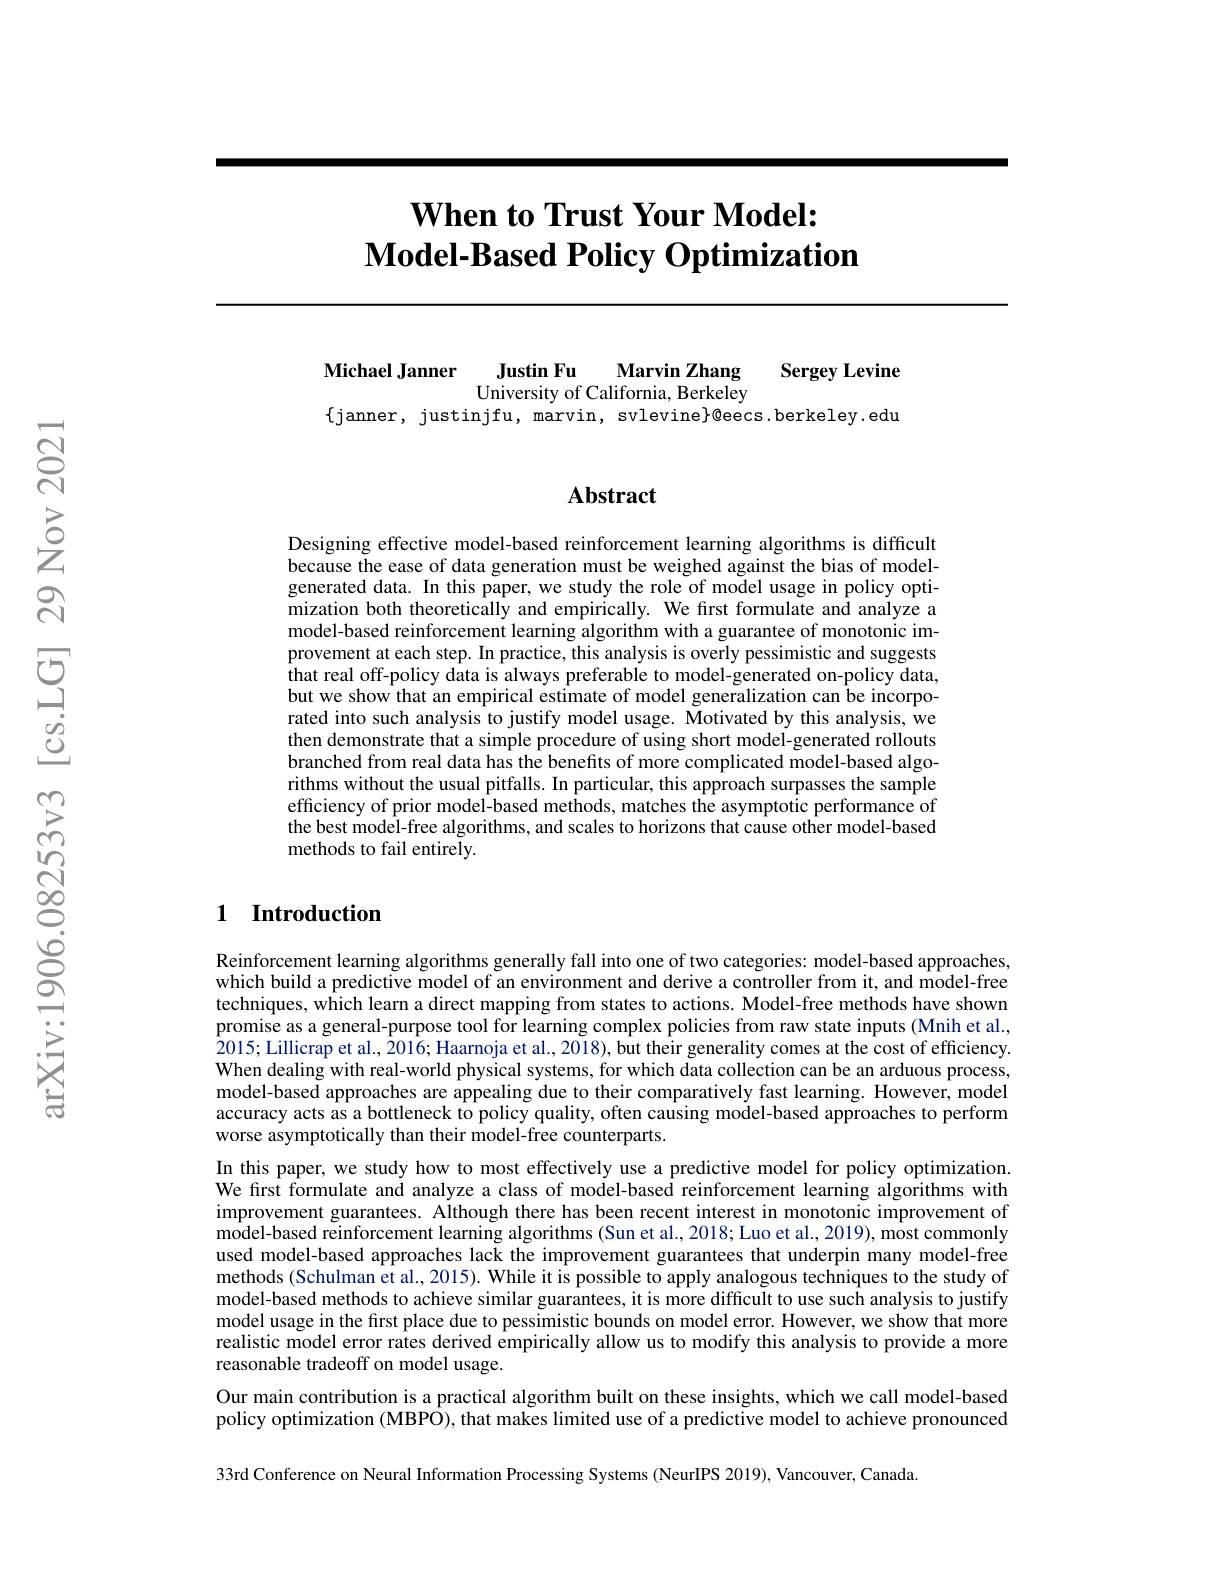
# $\textbf{When to Trust Your Model: }$ $\textbf{Model- Based Policy Optimization}$

Michael Janner
$\textbf{Justin Fu}$
Marvin Zhang
Sergey Levine
University of California, Berkeley
$\{$janner, justinjfu, marvin, svlevine}@eecs.berkeley.edu

## Abstract

Designing effective model-based reinforcement learning algorithms is difficult because the ease of data generation must be weighed against the bias of modelgenerated data. In this paper, we study the role of model usage in policy optimization both theoretically and empirically. We first formulate and analyze a model-based reinforcement learning algorithm with a guarantee of monotonic improvement at each step. In practice, this analysis is overly pessimistic and suggests that real off-policy data is always preferable to model-generated on-policy data, but we show that an empirical estimate of model generalization can be incorporated into such analysis to justify model usage. Motivated by this analysis, we then demonstrate that a simple procedure of using short model-generated rollouts branched from real data has the benefits of more complicated model-based algorithms without the usual pitfalls. In particular, this approach surpasses the sample efficiency of prior model-based methods, matches the asymptotic performance of the best model-free algorithms, and scales to horizons that cause other model-based methods to fail entirely.

## 1 Introduction

Reinforcement learning algorithms generally fall into one of two categories: model-based approaches, which build a predictive model of an environment and derive a controller from it, and model-free techniques, which learn a direct mapping from states to actions. Model-free methods have shown promise as a general-purpose tool for learning complex policies from raw state inputs (Mnih et al., 2015; Lillicrap et al., 2016; Haarnoja et al., 2018), but their generality comes at the cost of efficiency. When dealing with real-world physical systems, for which data collection can be an arduous process, model-based approaches are appealing due to their comparatively fast learning. However, model accuracy acts as a bottleneck to policy quality, often causing model-based approaches to perform worse asymptotically than their model-free counterparts.
In this paper, we study how to most effectively use a predictive model for policy optimization. We first formulate and analyze a class of model-based reinforcement learning algorithms with improvement guarantees. Although there has been recent interest in monotonic improvement of model-based reinforcement learning algorithms (Sun et al., 2018; Luo et al.., 2019), most commonly used model-based approaches lack the improvement guarantees that underpin many model-free methods (Schulman et al., 2015). While it is possible to apply analogous techniques to the study of model-based methods to achieve similar guarantees, it is more difficult to use such analysis to justify model usage in the first place due to pessimistic bounds on model error. However, we show that more realistic model error rates derived empirically allow us to modify this analysis to provide a more reasonable tradeoff on model usage.
Our main contribution is a practical algorithm built on these insights, which we call model-based policy optimization (MBPO), that makes limited use of a predictive model to achieve pronounced

33rd Conference on Neural Information Processing Systems (NeurIPS 2019), Vancouver, Canada